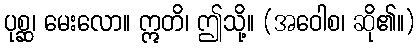
ပုစ္ဆ၊ မေးလော။ ဣတိ၊ ဤသို့။ (အဝေါစ၊ ဆို၏။)